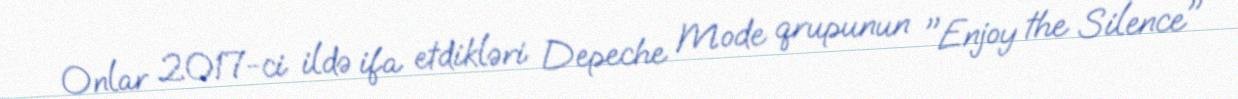
Onlar 2017-ci ildə ifa etdikləri Depeche Mode qrupunun "Enjoy the Silence"